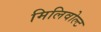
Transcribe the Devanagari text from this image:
मिलिवोल्ट